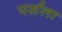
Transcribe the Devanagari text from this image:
पर्सला